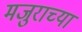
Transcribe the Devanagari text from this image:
मजुराच्या